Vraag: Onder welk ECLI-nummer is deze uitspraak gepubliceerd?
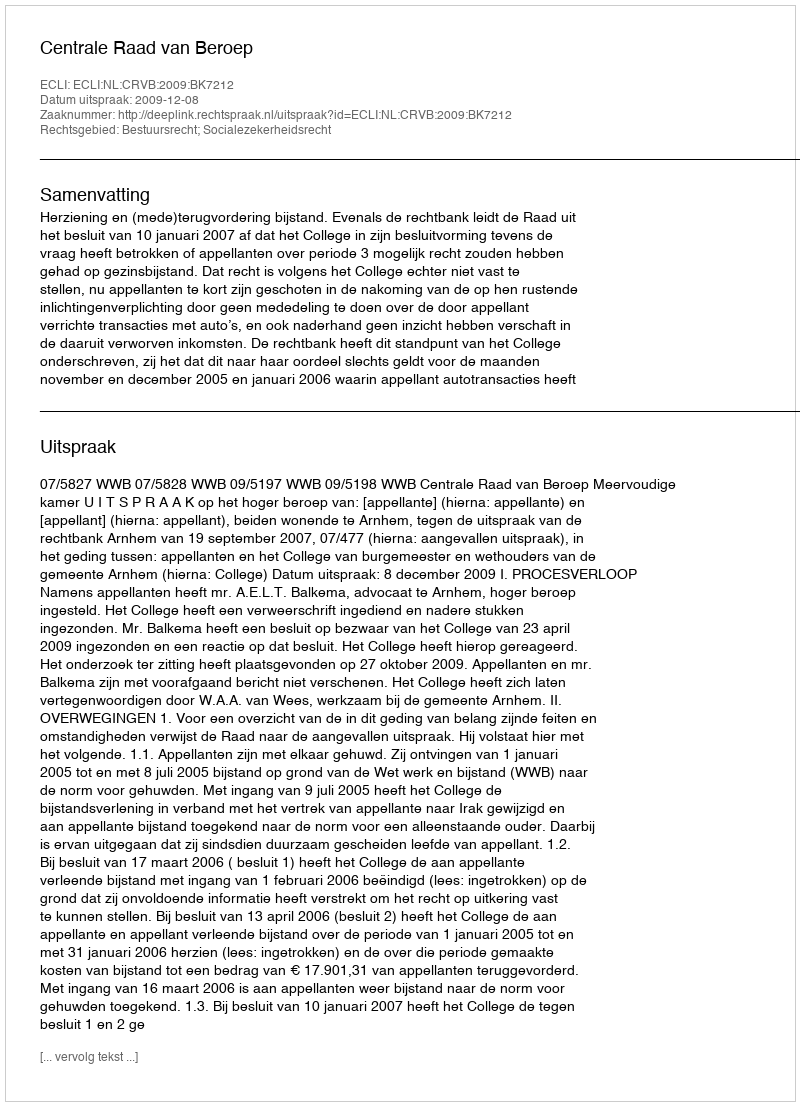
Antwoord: ECLI:NL:CRVB:2009:BK7212